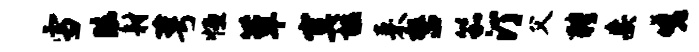
雪眩射萼恒簟寞槛来整笳汀父聘妄嗟